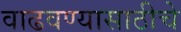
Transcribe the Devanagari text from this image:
वाढवण्यासाठीचे